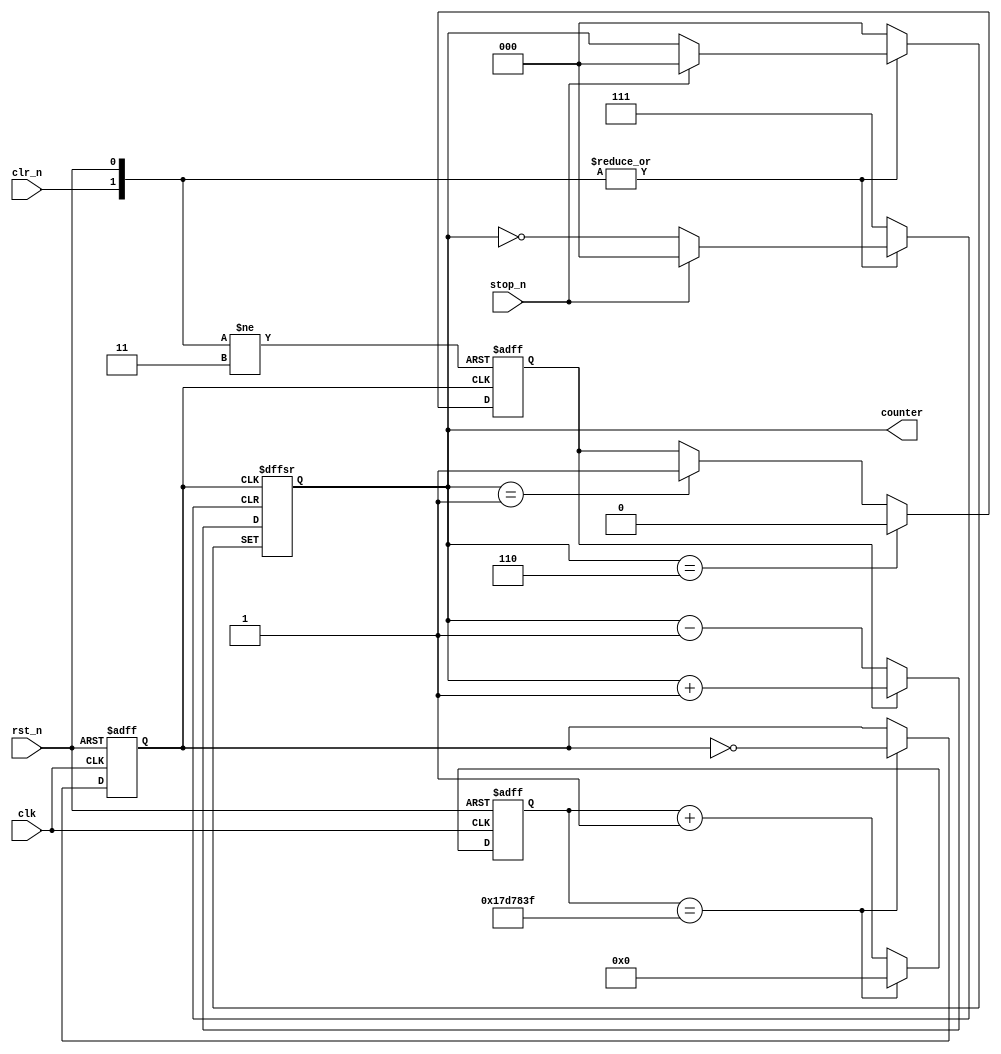
module  counter(
		//system signals
        input                  clk                      ,//50Mhz
        input                  rst_n                    ,//
		//function key
        input                  clr_n                    ,//clr_n=0
        input                  stop_n                   ,//stop_n=0
		//led output
        output  reg   [ 2: 0]  counter 
);
//=====================================================================\
// ********** Define Parameter and Internal Signals *************
//=====================================================================/
reg     [25: 0]                clk_cnt                          ; 
reg                            clk_1hz                          ; 
reg                            M                                ; 

//======================================================================
// ***************      Main    Code    ****************
//======================================================================
always  @(posedge clk or negedge rst_n) begin
        if(rst_n == 1'b0)
            clk_cnt     <=      'd0;
        else if(clk_cnt == 'd24_999_999)  //50Mhz1hz
            clk_cnt     <=      'd0;
        else
            clk_cnt     <=      clk_cnt + 1'b1;
end
//clk_1hz   
always  @(posedge clk or negedge rst_n) begin
        if(rst_n == 1'b0)
            clk_1hz     <=      1'b0;
        else if(clk_cnt == 'd24_999_999)
            clk_1hz     <=      ~clk_1hz;
end

//M   
always  @(posedge clk_1hz or negedge rst_n or negedge clr_n) begin
        if(rst_n == 1'b0)
            M       <=      1'b1;
        else if(clr_n == 1'b0)  // 
            M       <=      1'b1;
        else if(counter == 'd6)
            M       <=      1'b0;
        else if(counter == 'd1)
            M       <=      1'b1;
end




//counter
always  @(posedge clk_1hz or negedge rst_n or negedge clr_n or negedge stop_n) begin
        if(rst_n == 1'b0)  //
            counter     <=      3'b000;
        else if(clr_n == 1'b0)
            counter     <=      3'b000;//clr_n=0
        else if(stop_n == 1'b0) //stop_n=0
           counter      <=      counter;
        else if(M == 1'b1)  //M=1
           counter      <=      counter + 1'b1;
        else if(M == 1'b0)  //M=0
           counter      <=      counter - 1'b1; 
end


endmodule